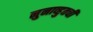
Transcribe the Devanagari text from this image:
नुनाव्हुतची